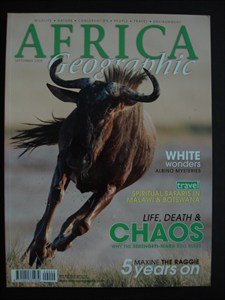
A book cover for AFRICA Geographic - September 2009 - Albino - Malawi - Botswana - Serengeti - Mara - Wildlife - Nature - Conservation - People - Travel; Travel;